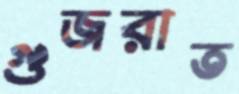
গুজরাত